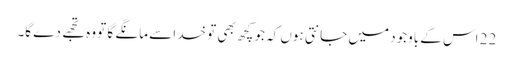
22 اس کے باوجود میں جانتی ہوں کہ جو کچھ بھی تو خدا سے مانگے گا تو وہ تجھے دے گا۔